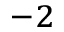
^ { - 2 }